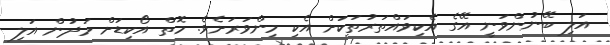
އަލި ބޭނުންވަނީ އޭގެ އެކިވައްތަރުތަކަށް އެކި މިންވަރަށެވެ. މޮތް އޯކިޑަށް މަދުން އަލި